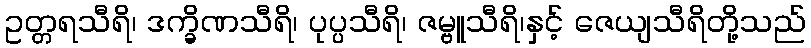
ဥတ္တရသီရိ၊ ဒက္ခိဏသီရိ၊ ပုပ္ပသီရိ၊ ဇမ္ဗူသီရိ၊နှင့် ဇေယျသီရိတို့သည်